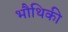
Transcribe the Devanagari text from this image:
भौथिकी